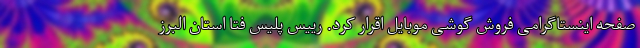
صفحه اینستاگرامی فروش گوشی موبایل اقرار کرد. رییس پلیس فتا استان البرز